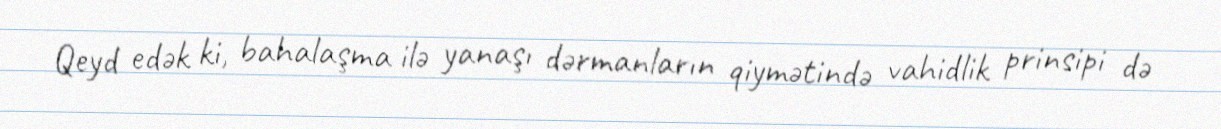
Qeyd edək ki, bahalaşma ilə yanaşı dərmanların qiymətində vahidlik prinsipi də